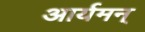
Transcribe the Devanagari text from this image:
आर्यमन्